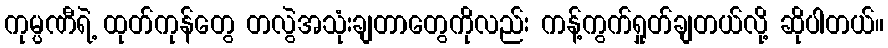
ကုမ္ပဏီရဲ့ ထုတ်ကုန်တွေ တလွဲအသုံးချတာတွေကိုလည်း ကန့်ကွက်ရှုတ်ချတယ်လို့ ဆိုပါတယ်။